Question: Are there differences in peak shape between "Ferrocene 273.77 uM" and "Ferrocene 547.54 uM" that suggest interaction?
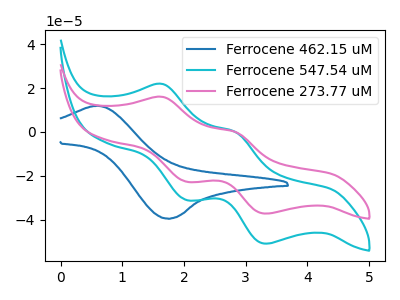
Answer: <think>The blue curve "Ferrocene 462.15 uM" has an anodic peak at (0.60V, 11.90uA) and a cathodic peak at (1.75V, -39.45uA). The cyan curve "Ferrocene 547.54 uM" has anodic peaks at (1.65V, 21.85uA) (2.85V, 0.00uA) and cathodic peaks at (2.05V, -31.00uA) (3.35V, -50.90uA). The pink curve "Ferrocene 273.77 uM" has anodic peaks at (1.65V, 15.95uA) (2.85V, 0.00uA) and cathodic peaks at (2.05V, -22.65uA) (3.35V, -37.20uA).
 All the peaks in "Ferrocene 273.77 uM" have a peak in "Ferrocene 547.54 uM" at the same potential. Every peak in "Ferrocene 273.77 uM" is lower than every peak in "Ferrocene 547.54 uM".</think>
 <answer>No, "Ferrocene 273.77 uM" and "Ferrocene 547.54 uM" don't appear to be significantly different in shape</answer>
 <eval>no_change</eval>